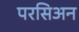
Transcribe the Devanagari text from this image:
परसिअन